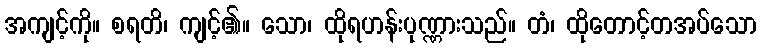
အကျင့်ကို။ စရတိ၊ ကျင့်၏။ သော၊ ထိုရဟန်းပုဏ္ဏားသည်။ တံ၊ ထိုတောင့်တအပ်သော